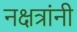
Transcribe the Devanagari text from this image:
नक्षत्रांनी